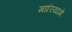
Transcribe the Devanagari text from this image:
मारियामे